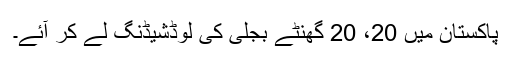
پاکستان میں 20، 20 گھنٹے بجلی کی لوڈشیڈنگ لے کر آئے۔